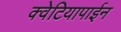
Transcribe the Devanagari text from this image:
क्वेटियापाईन